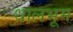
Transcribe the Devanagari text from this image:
धालभूम